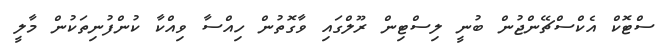
ސްޓޮކް އެކްސްޗޭންޖުން ބުނީ ލިސްޓިން ރޫލްގައި ވާގޮތުން ހިއްސާ ވިއްކާ ކުންފުނިތަކުން މާލީ